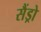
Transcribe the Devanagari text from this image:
सैंड्रो